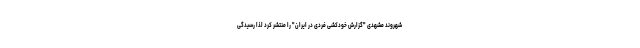
شهروند مشهدی "گزارش خودکشی فردی در ایران" را منتشر کرد لذا رسیدگی